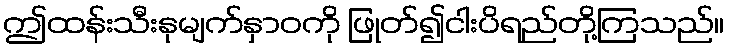
ဤထန်းသီးနုမျက်နှာဝကို ဖြုတ်၍ငါးပိရည်တို့ကြသည်။